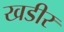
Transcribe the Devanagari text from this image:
खडीर